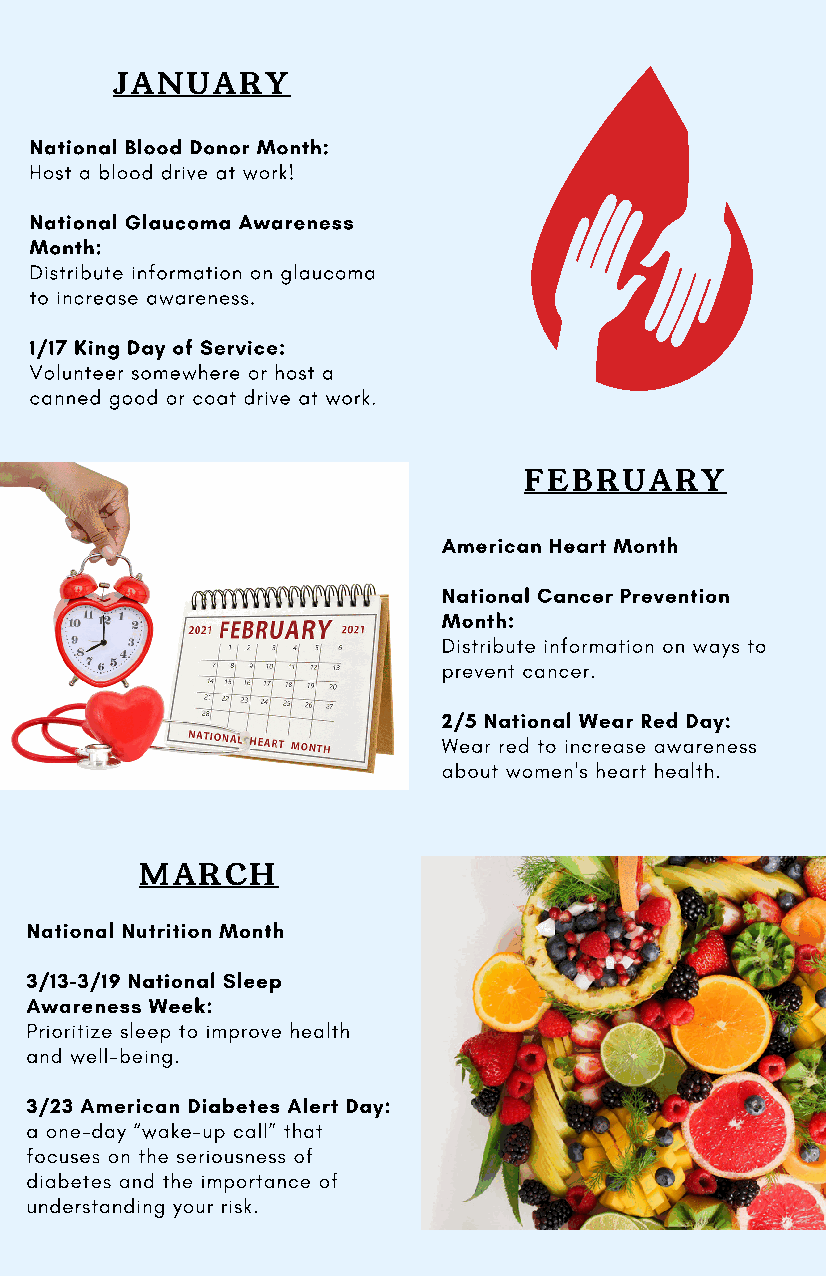
JANUARY
 National Blood Donor Month:
 Host a blood drive at work!
 National Glaucoma Awareness
 Month:
 Distribute information on glaucoma
 to increase awareness.
 1/17 King Day of Service:
 Volunteer somewhere or host a
 canned good or coat drive at work.
 FEBRUARY
 American Heart Month
 National Cancer Prevention
 Month:
 Distribute information on ways to
 prevent cancer.
 2/5 National Wear Red Day:
 Wear red to increase awareness
 about women's heart health.
 MARCH
 National Nutrition Month
 3/13-3/19 National Sleep
 Awareness Week:
 Prioritize sleep to improve health
 and well-being.
 3/23 American Diabetes Alert Day:
 a one-day “wake-up call” that
 focuses on the seriousness of
 diabetes and the importance of
 understanding your risk.